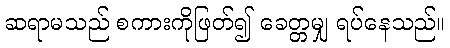
ဆရာမသည် စကားကိုဖြတ်၍ ခေတ္တမျှ ရပ်နေသည်။